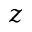
z